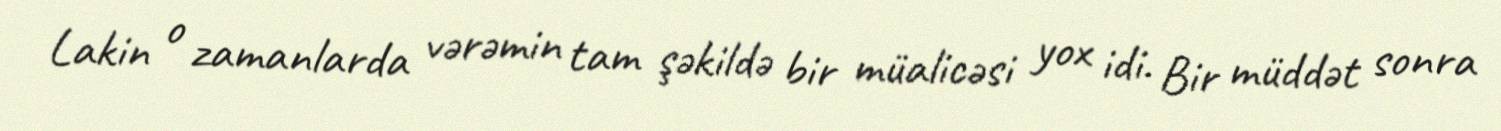
Lakin o zamanlarda vərəmin tam şəkildə bir müalicəsi yox idi. Bir müddət sonra